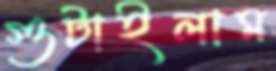
গুটাইলাম